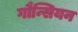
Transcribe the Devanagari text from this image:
गौन्सियन